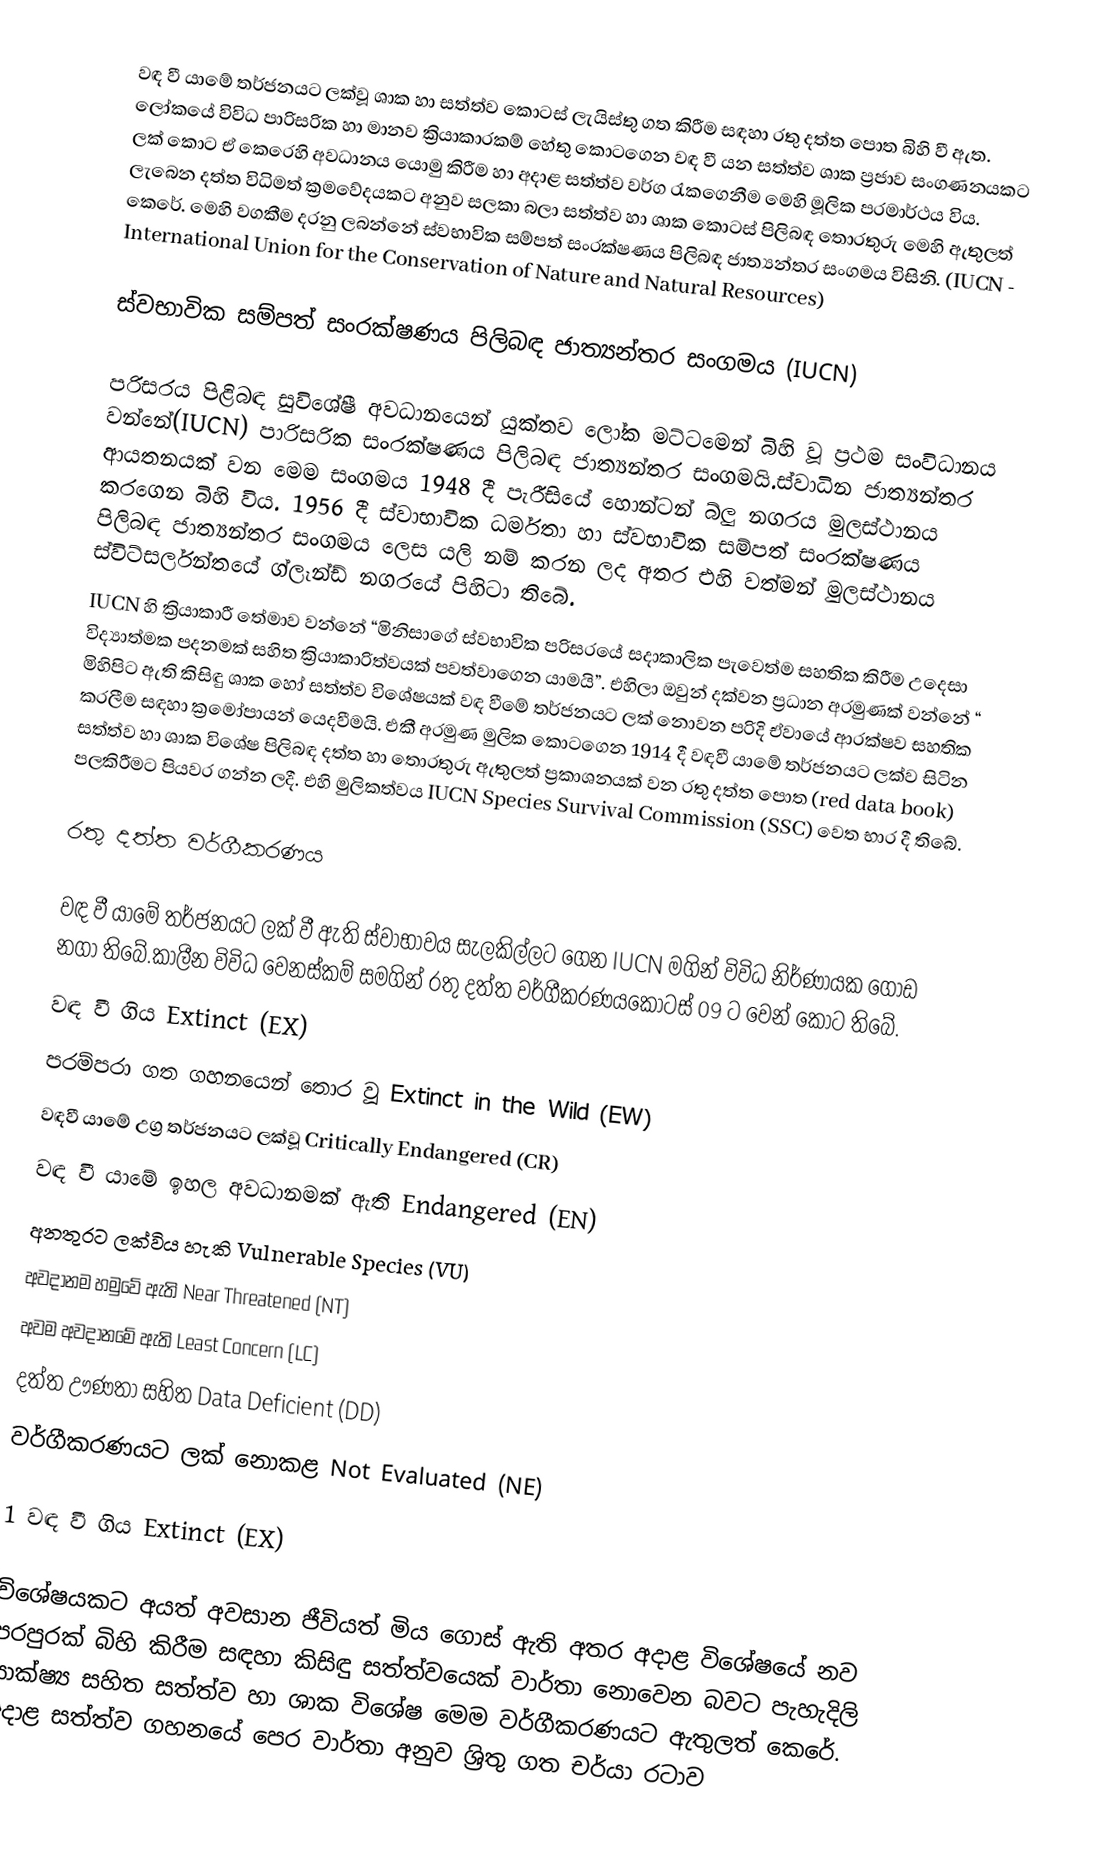
වඳ වී යාමේ තර්ජනයට ලක්වූ ශාක හා සත්ත්ව කොටස් ලැයිස්තු ගත කිරීම සඳහා රතු දත්ත පොත බිහි වී ඇත. ලෝකයේ විවිධ පාරිසරික හා මානව ක්‍රියාකාරකම් හේතු කොටගෙන වඳ වී යන සත්ත්ව ශාක ප්‍රජාව සංගණනයකට ලක් කොට ඒ කෙරෙහි අවධානය යොමු කිරීම හා අදාළ සත්ත්ව වර්ග රැකගෙනීම මෙහි මූලික පරමාර්ථය විය. ලැබෙන දත්ත විධිමත් ක්‍රමවේදයකට අනුව සලකා බලා සත්ත්ව හා ශාක කොටස් පිලිබඳ තොරතුරු මෙහි ඇතුලත් කෙරේ. මෙහි වගකීම දරනු ලබන්නේ ස්වභාවික සම්පත් සංරක්ෂණය පිලිබඳ ජාත්‍යන්තර සංගමය විසිනි. (IUCN - International Union for the Conservation of Nature and Natural Resources)

ස්වභාවික සම්පත් සංරක්ෂණය පිලිබඳ ජාත්‍යන්තර සංගමය  (IUCN)

පරිසරය පිළිබඳ සුවිශේෂී අවධානයෙන් යුක්තව ලෝක මට්ටමෙන් බිහි වූ ප්‍රථම සංවිධානය වන්නේ(IUCN) පාරිසරික සංරක්ෂණය පිලිබඳ ජාත්‍යන්තර සංගමයි.ස්වාධින ජාත්‍යන්තර ආයතනයක් වන මෙම සංගමය 1948 දී පැරීසියේ හොන්ටන් බ්ලු නගරය මුලස්ථානය කරගෙන බිහි විය. 1956 දී ස්වාභාවික ධර්මතා හා ස්වභාවික සම්පත් සංරක්ෂණය පිලිබඳ ජාත්‍යන්තර සංගමය ලෙස යලි නම් කරන ලද අතර එහි වත්මන් මුලස්ථානය ස්විට්සර්ලන්තයේ ග්ලෑන්ඩ් නගරයේ පිහිටා තිබේ.
IUCN හි ක්‍රියාකාරී තේමාව වන්නේ  “මිනිසාගේ ස්වභාවික පරිසරයේ සදාකාලික පැවෙත්ම සහතික කිරීම උදෙසා විද්‍යාත්මක පදනමක් සහිත ක්‍රියාකාරිත්වයක් පවත්වාගෙන යාමයි”. එහිලා ඔවුන් දක්වන ප්‍රධාන අරමුණක් වන්නේ “ මිහිපිට ඇති කිසිඳු ශාක හෝ සත්ත්ව විශේෂයක් වඳ වීමේ තර්ජනයට ලක් නොවන පරිදි ඒවායේ ආරක්ෂව සහතික කරලීම සඳහා ක්‍රමෝපායන් යෙදවීමයි. එකී අරමුණ මුලික කොටගෙන 1914 දී වඳවී යාමේ තර්ජනයට ලක්ව සිටින සත්ත්ව හා ශාක විශේෂ පිලිබඳ දත්ත හා තොරතුරු ඇතුලත් ප්‍රකාශනයක් වන රතු දත්ත පොත (red data book)  පලකිරීමට පියවර ගන්න ලදී. එහි මුලිකත්වය  IUCN Species Survival Commission  (SSC) වෙත භාර දී තිබේ.

රතු දත්ත වර්ගීකරණය

වඳ වී යාමේ තර්ජනයට ලක් වී ඇති ස්වාභාවය සැලකිල්ලට ගෙන IUCN මගින් විවිධ නිර්ණායක ගොඩ නගා තිබේ.කාලීන විවිධ වෙනස්කම් සමගින් රතු දත්ත වර්ගීකරණයකොටස් 09 ට වෙන් කොට තිබේ.
 වඳ වී ගිය Extinct (EX)
 පරම්පරා ගත ගහනයෙන් තොර වූ Extinct in the Wild (EW)
 වඳවී යාමේ උග්‍ර තර්ජනයට ලක්වූ Critically Endangered (CR)
 වඳ වී යාමේ ඉහල අවධානමක් ඇති Endangered (EN)
 අනතුරට ලක්විය හැකි Vulnerable Species (VU)
 අවදානම හමුවේ ඇති Near Threatened (NT)
 අවම අවදානමේ ඇති Least Concern (LC)
 දත්ත ඌණතා සහිත Data Deficient (DD)
 වර්ගීකරණයට ලක් නොකළ Not Evaluated (NE)

1	වඳ වී ගිය Extinct (EX)

විශේෂයකට අයත් අවසාන ජීවියත් මිය ගොස් ඇති අතර අදාළ විශේෂයේ නව පරපුරක් බිහි කිරීම සඳහා කිසිඳු සත්ත්වයෙක් වාර්තා නොවෙන බවට පැහැදිලි සාක්ෂ්‍ය සහිත සත්ත්ව හා ශාක විශේෂ මෙම වර්ගීකරණයට ඇතුලත් කෙරේ. අදාළ සත්ත්ව ගහනයේ පෙර වාර්තා අනුව ශ්‍රිතු ගත චර්යා රටාව